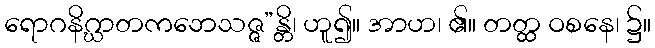
ရောဂနိဂ္ဃာတကဘေသဇ္ဇ”န္တိ၊ ဟူ၍။ အာဟ၊ ၏။ တတ္ထ ဝစနေ၊ ၌။